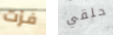
فزت حلقي